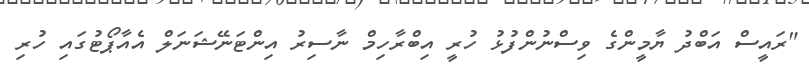
"ރައީސް އަބްދު ޔާމީންގެ ވިސްނުންފުޅު ހުރީ އިބްރާހިމް ނާސިރު އިންޓަނޭޝަނަލް އެއާޕޯޓުގައި ހުރި